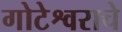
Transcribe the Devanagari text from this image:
गोटेश्वराचे